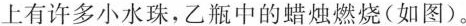
上有许多小水珠，乙瓶中的蜡烛燃烧(如图)。